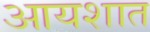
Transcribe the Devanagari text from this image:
आयशात